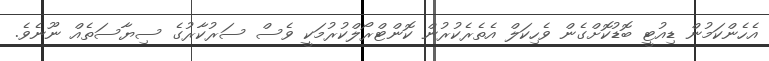
އެހެންކަމުން ޑިއުޓީ ބޮޑުކޮށްގެން ވެހިކަލް އެތެރެކުރުން ކޮންޓްރޯލްކުރުމަކީ ވެސް ސަރުކާރުގެ ސިޔާސަތެއް ނޫނެވެ.